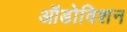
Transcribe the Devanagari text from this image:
ऑडोविशन